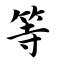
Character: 等